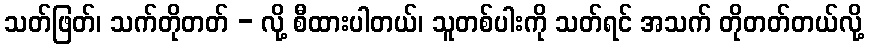
သတ်ဖြတ်၊ သက်တိုတတ် - လို့ စီထားပါတယ်၊ သူတစ်ပါးကို သတ်ရင် အသက် တိုတတ်တယ်လို့